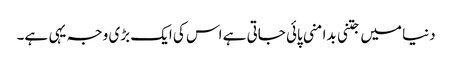
دنیا میں جتنی بدامنی پائی جاتی ہے اس کی ایک بڑی وجہ یہی ہے۔